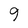
Character: 9